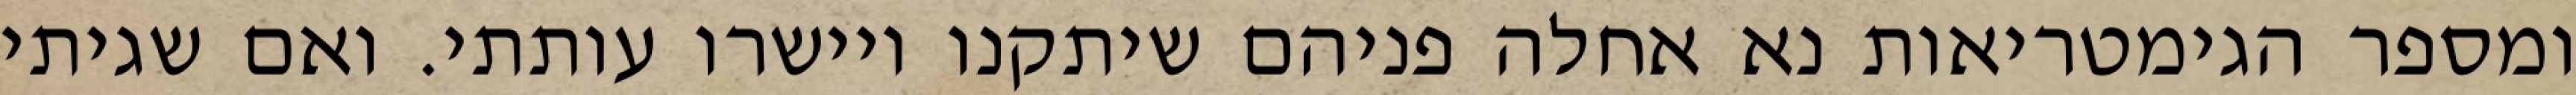
ומספר הגימטריאות נא אחלה פניהם שיתקנו ויישרו עותתי. ואם שגיתי